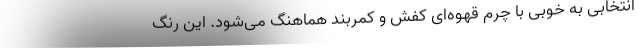
انتخابی به خوبی با چرم قهوه‌ای کفش و کمربند هماهنگ می‌شود. این رنگ